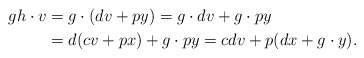
\begin{align*}g h \cdot v & = g \cdot (d v + p y) = g \cdot d v + g \cdot p y \\& = d (c v + p x) + g \cdot p y = c d v + p (d x + g \cdot y).\end{align*}